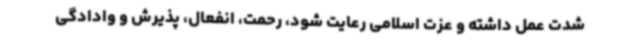
شدت عمل داشته و عزت اسلامی رعایت شود، رحمت، انفعال، پذیرش و وادادگی